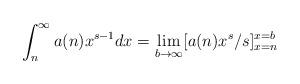
LaTeX: \begin{align*}\int_{n}^{\infty}a(n)x^{s-1}dx=\lim\limits_{b\to \infty}[a(n)x^{s}/s]_{x=n}^{x=b} \end{align*}